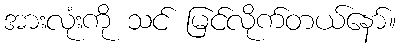
အားလုံးကို သင် မြင်လိုက်တယ်နော်။